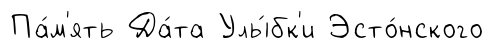
Па́м'ять Да́та Улы́бк'и Эсто́нского